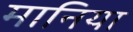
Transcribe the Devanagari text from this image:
मानिया